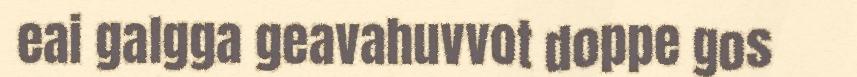
eai galgga geavahuvvot doppe gos